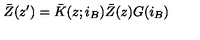
\bar { Z } ( z ^ { \prime } ) = \bar { K } ( z ; i _ { B } ) \bar { Z } ( z ) G ( i _ { B } )